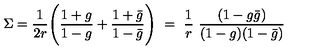
\Sigma = \frac { 1 } { 2 r } \Biggl ( \frac { 1 + g } { 1 - g } + \frac { 1 + \bar { g } } { 1 - \bar { g } } \Biggr ) \ = \ \frac { 1 } { r } \ \frac { ( 1 - g \bar { g } ) } { ( 1 - g ) ( 1 - \bar { g } ) }